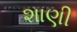
શાણી